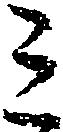
ミ